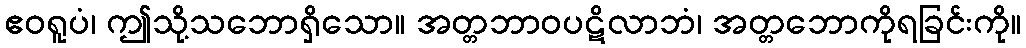
ဧဝရူပံ၊ ဤသို့သဘောရှိသော။ အတ္တဘာဝပဋိလာဘံ၊ အတ္တဘောကိုရခြင်းကို။